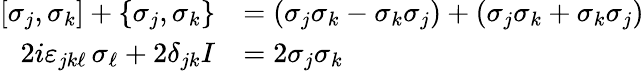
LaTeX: {\begin{array}{rl}{\left[\sigma_{j},\sigma_{k}\right]+\{ \sigma_{j},\sigma_{k}\} }&{=(\sigma_{j}\sigma_{k}-\sigma_{k}\sigma_{j})+(\sigma_{j}\sigma_{k}+\sigma_{k}\sigma_{j})}\\ {2i\varepsilon_{jk\ell}\, \sigma_{\ell}+2\delta_{jk}I}&{=2\sigma_{j}\sigma_{k}}\end{array}}